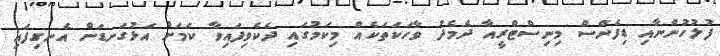
ފުލުހުންނާއި ޑިފެންސް މިނިސްޓްރީއާ ދެމެދު ވާހަކަތަކެއް މިކަމުގައި ދެކެވިފައިވާ ކަމަށް އަޅުގަނޑަށް އެނގިފައި